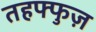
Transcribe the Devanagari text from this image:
तहफ्फुज़